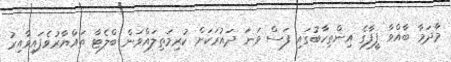
މާދަމާ ބާއްވާ ފީފާގެ އިންތިހާބުގައި ފަސް ވަނަ ދައުރަކަށް ކުރިމަތިލައްވަން ބްލެޓާ ތައްޔާރުވެފައިވާއިރު